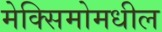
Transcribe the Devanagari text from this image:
मेक्सिमोमधील